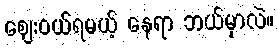
ဈေးဝယ်ရမယ့် နေရာ ဘယ်မှာလဲ။